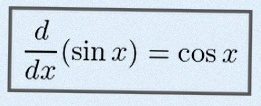
\frac{d}{dx}(\sin x)=\cos x